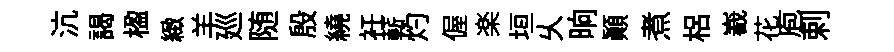
沆謁楹緻羊廵随殷繞衽蔪灼偓楽垣乆晌顚煮梠嶻花庖剌